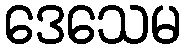
ဒေသေမ